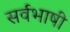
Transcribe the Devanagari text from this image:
सर्वभाषी